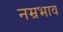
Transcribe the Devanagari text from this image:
नम्रभाव